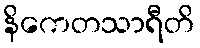
နိကေတသာရီတိ